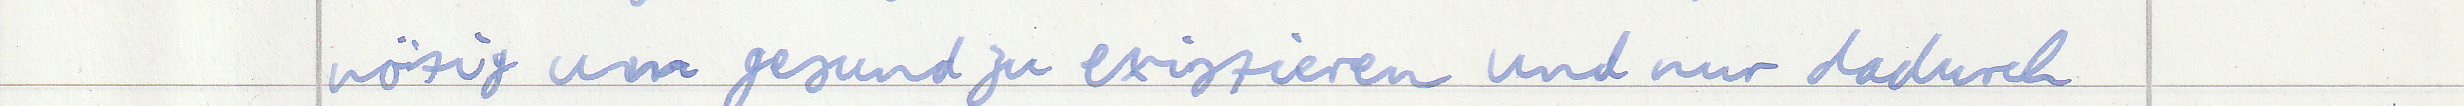
nötig um gesund zu existieren und nur dadurch